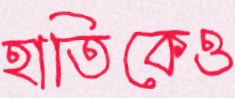
হাতিকেও